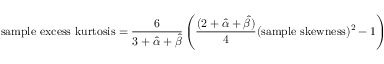
{ \mathrm { s a m p l e ~ e x c e s s ~ k u r t o s i s } } = { \frac { 6 } { 3 + { \hat { \alpha } } + { \hat { \beta } } } } \left( { \frac { ( 2 + { \hat { \alpha } } + { \hat { \beta } } ) } { 4 } } ( { \mathrm { s a m p l e ~ s k e w n e s s } } ) ^ { 2 } - 1 \right)